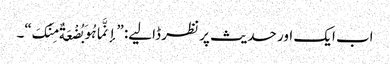
اب ایک اور حدیث پر نظر ڈالیے: ”إنَّما ہُوَ بُضْعَةٌ مِنْکَ“۔